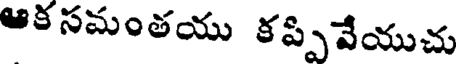
ఆక సమంతయు కప్పివేయుచు